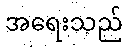
အရေးသည်